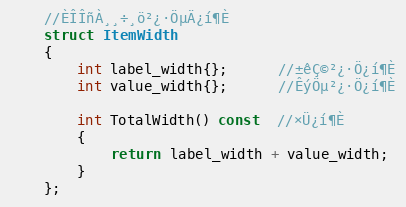
Language: C
    //ÈÎÎñÀ¸¸÷¸ö²¿·ÖµÄ¿í¶È
    struct ItemWidth
    {
        int label_width{};      //±êÇ©²¿·Ö¿í¶È
        int value_width{};      //ÊýÖµ²¿·Ö¿í¶È

        int TotalWidth() const  //×Ü¿í¶È
        {
            return label_width + value_width;
        }
    };